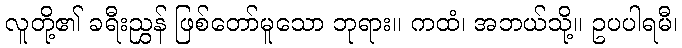
လူတို့၏ ခရီးညွှန် ဖြစ်တော်မူသော ဘုရား။ ကထံ၊ အဘယ်သို့။ ဥပပါရမီ၊